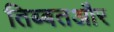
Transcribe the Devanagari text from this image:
तिब्बतऔर